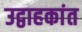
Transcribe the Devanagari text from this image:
उद्वाहकांत